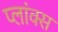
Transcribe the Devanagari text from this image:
प्लांक्स